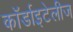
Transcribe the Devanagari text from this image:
कॉर्डाइटेलीज